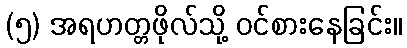
(၅) အရဟတ္တဖိုလ်သို့ ဝင်စားနေခြင်း။